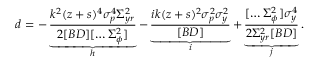
d = - \underbrace { \frac { k ^ { 2 } ( z + s ) ^ { 4 } \sigma _ { p } ^ { 4 } \Sigma _ { y r } ^ { 2 } } { 2 [ B D ] [ \hdots \Sigma _ { \phi } ^ { 2 } ] } } _ { h } - \underbrace { \frac { i k ( z + s ) ^ { 2 } \sigma _ { p } ^ { 2 } \sigma _ { y } ^ { 2 } } { [ B D ] } } _ { i } + \underbrace { \frac { [ \hdots \Sigma _ { \phi } ^ { 2 } ] \sigma _ { y } ^ { 4 } } { 2 \Sigma _ { y r } ^ { 2 } [ B D ] } } _ { j } .